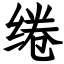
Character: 绻